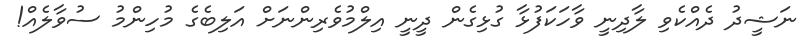
ނަޝީދު ދެއްކެވި ލާދިނީ ވާހަކަފުޅާ ގުޅިގެން ދީނީ އިލްމުވެރިންނަށް އަލިބެގެ މުހިންމު ސުވާލެއް!